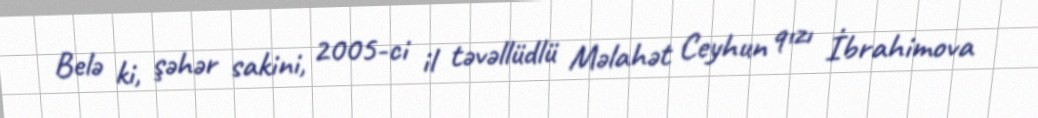
Belə ki, şəhər sakini, 2005-ci il təvəllüdlü Məlahət Ceyhun qızı İbrahimova